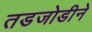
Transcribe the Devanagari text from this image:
तडजोडीने